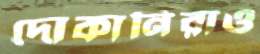
দোকানিরাও